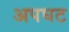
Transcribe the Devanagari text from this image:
अपघट